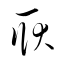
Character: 耿